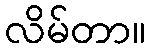
လိမ်တာ။